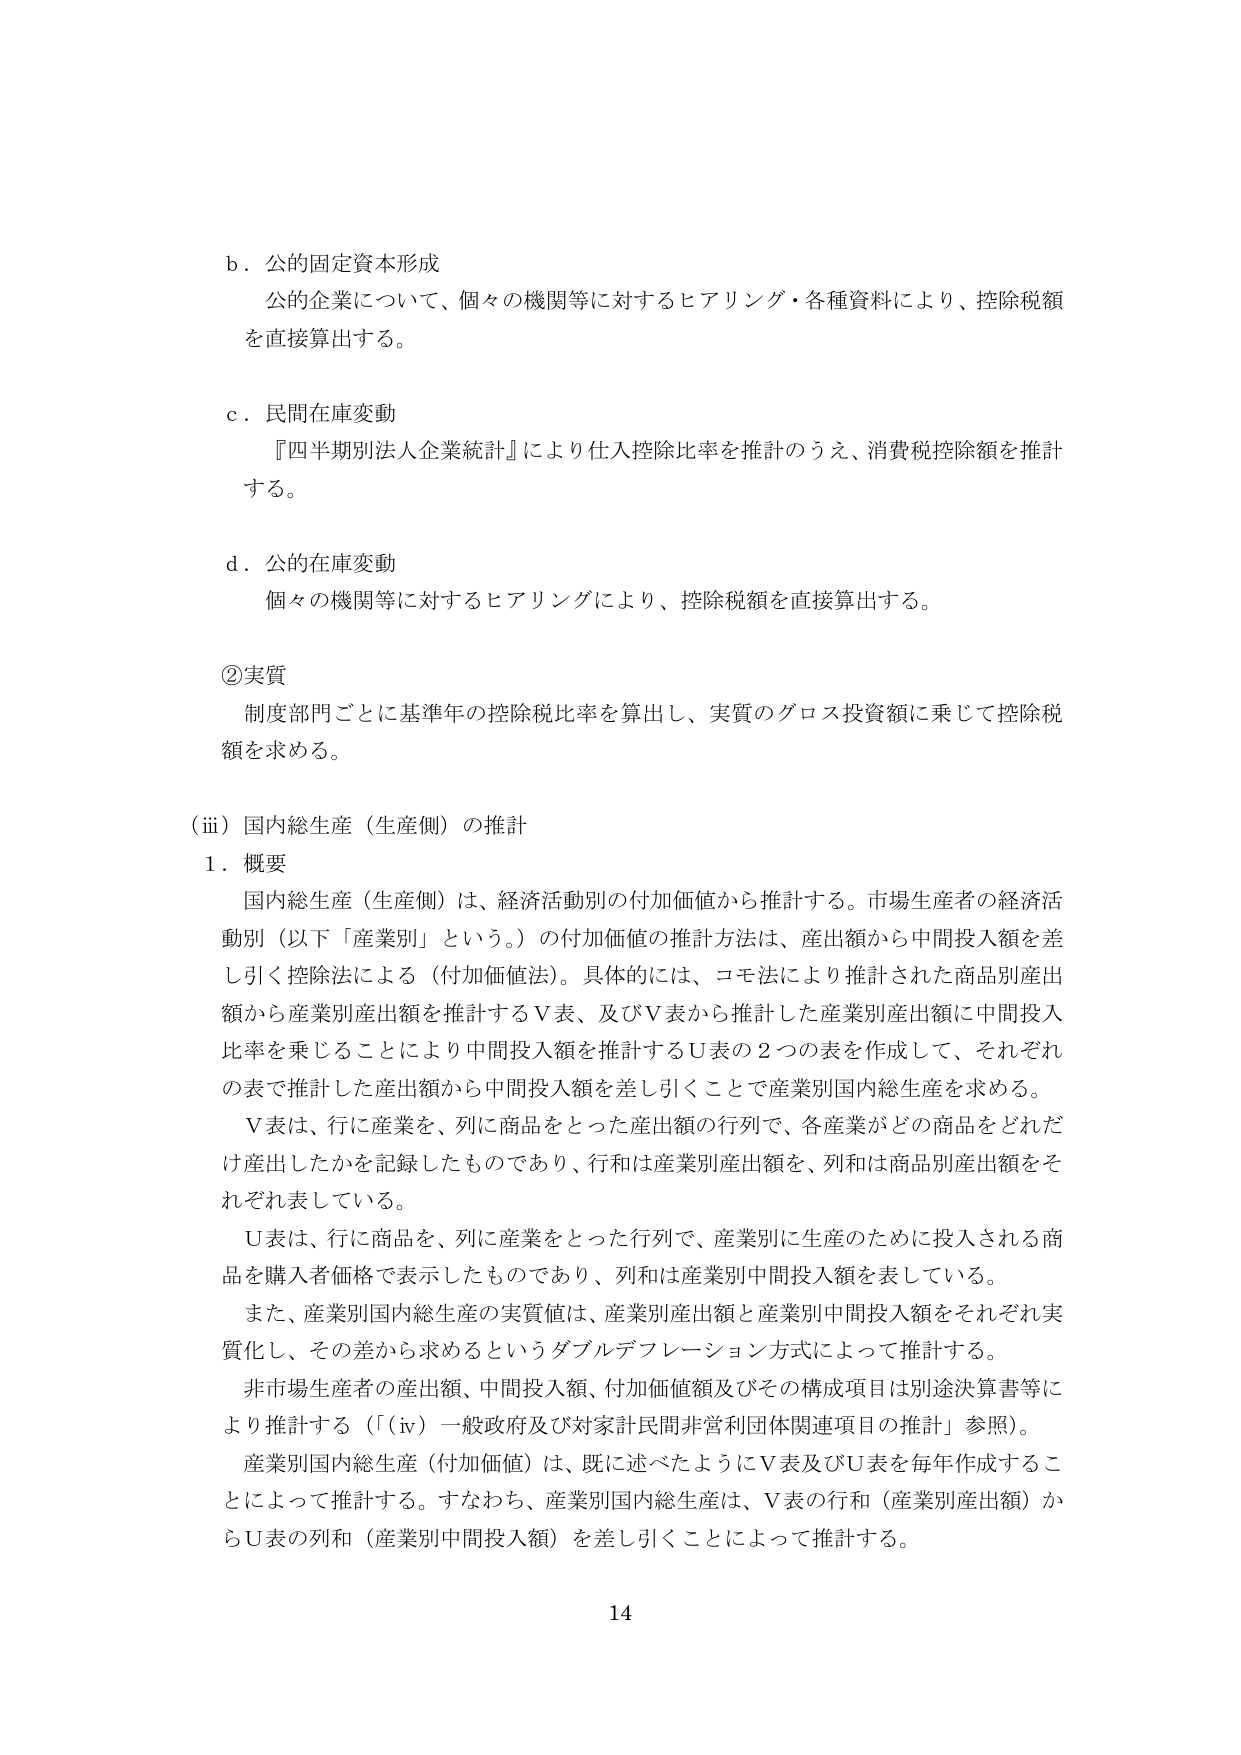
b．公的固定資本形成
公的企業について、個々の機関等に対するヒアリング・各種資料により、控除税額を直接算出する。

c．民間在庫変動
『四半期別法人企業統計』により仕入控除比率を推計のうえ、消費税控除額を推計する。

d．公的在庫変動
個々の機関等に対するヒアリングにより、控除税額を直接算出する。

②実質
制度部門ごとに基準年の控除税比率を算出し、実質のグロス投資額に乗じて控除税額を求める。

（iii）国内総生産（生産側）の推計
1．概要
国内総生産（生産側）は、経済活動別の付加価値から推計する。市場生産者の経済活動別（以下「産業別」という。）の付加価値の推計方法は、産出額から中間投入額を差し引く控除法による（付加価値法）。具体的には、コモ法により推計された商品別産出額から産業別産出額を推計するV表、及びV表から推計した産業別産出額に中間投入比率を乗じることにより中間投入額を推計するU表の2つの表を作成して、それぞれの表で推計した産出額から中間投入額を差し引くことで産業別国内総生産を求める。
V表は、行に産業を、列に商品をとった産出額の行列で、各産業がどの商品をどれだけ産出したかを記録したものであり、行和は産業別産出額を、列和は商品別産出額をそれぞれ表している。
U表は、行に商品を、列に産業をとった行列で、産業別に生産のために投入される商品を購入者価格で表示したものであり、列和は産業別中間投入額を表している。
また、産業別国内総生産の実質値は、産業別産出額と産業別中間投入額をそれぞれ実質化し、その差から求めるというダブルデフレーション方式によって推計する。
非市場生産者の産出額、中間投入額、付加価値額及びその構成項目は別途決算書等により推計する（「（iv）一般政府及び対家計民間非営利団体関連項目の推計」参照）。
産業別国内総生産（付加価値）は、既に述べたようにV表及びU表を毎年作成することによって推計する。すなわち、産業別国内総生産は、V表の行和（産業別産出額）からU表の列和（産業別中間投入額）を差し引くことによって推計する。

14